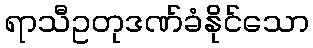
ရာသီဥတုဒဏ်ခံနိုင်သော